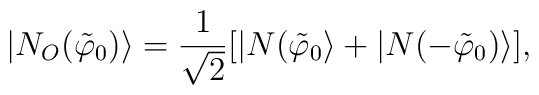
|N_O (\tilde \varphi_0)\rangle = \frac{1}{\sqrt{2}} [ | N(\tilde{\varphi}_0 \rangle + | N( -\tilde{\varphi}_0) \rangle ],